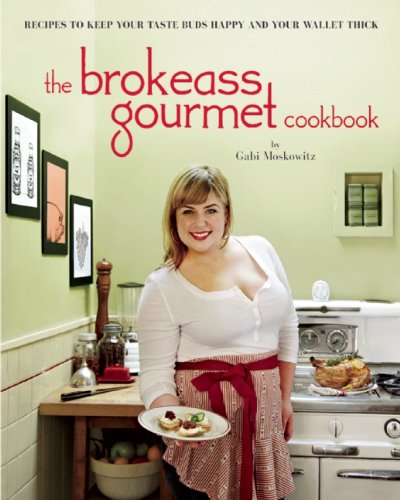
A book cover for The BrokeAss Gourmet Cookbook; Gabi Moskowitz; Cookbooks, Food & Wine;